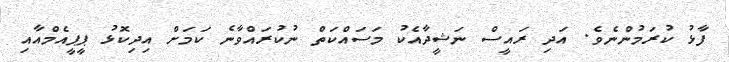
ފާޅު ކުރަމުންނެވެ. އަދި ރައީސް ނަޝީދާއެކު މަސައްކަތް ނުކުރައްވާނެ ކަމަށް އިދިކޮޅު ޕީޕީއެމްއާއި